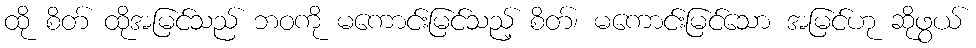
ထို စိတ် ထိုအမြင်သည် ဘဝကို မကောင်းမြင်သည့် စိတ်၊ မကောင်းမြင်သော အမြင်ဟု ဆိုဖွယ်